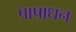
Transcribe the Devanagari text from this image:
पापाधन